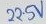
Text: 22.5V